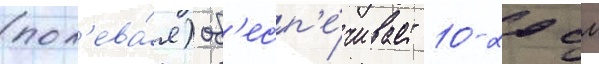
(пол'ева́я) об'есп'е́чивает 10-20 см